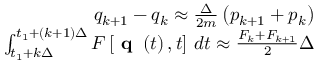
\begin{array} { r } { q _ { k + 1 } - q _ { k } \approx \frac { \Delta } { 2 m } \left( p _ { k + 1 } + p _ { k } \right) } \\ { \int _ { t _ { 1 } + k \Delta } ^ { t _ { 1 } + \left( k + 1 \right) \Delta } F \left[ \textbf { q } \left( t \right) , t \right] \, d t \approx \frac { F _ { k } + F _ { k + 1 } } { 2 } \Delta } \end{array}